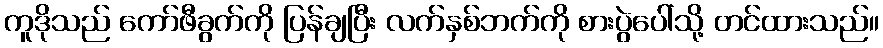
ကူဒိုသည် ကော်ဖီခွက်ကို ပြန်ချပြီး လက်နှစ်ဘက်ကို စားပွဲပေါ်သို့ တင်ထားသည်။